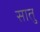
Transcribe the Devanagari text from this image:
सातु